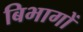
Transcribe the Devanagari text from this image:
बिभागों